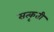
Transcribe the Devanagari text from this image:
सत्कृती